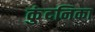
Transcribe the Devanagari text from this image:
कुंदनिका